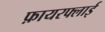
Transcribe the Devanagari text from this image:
फ़ायरफ्लाई